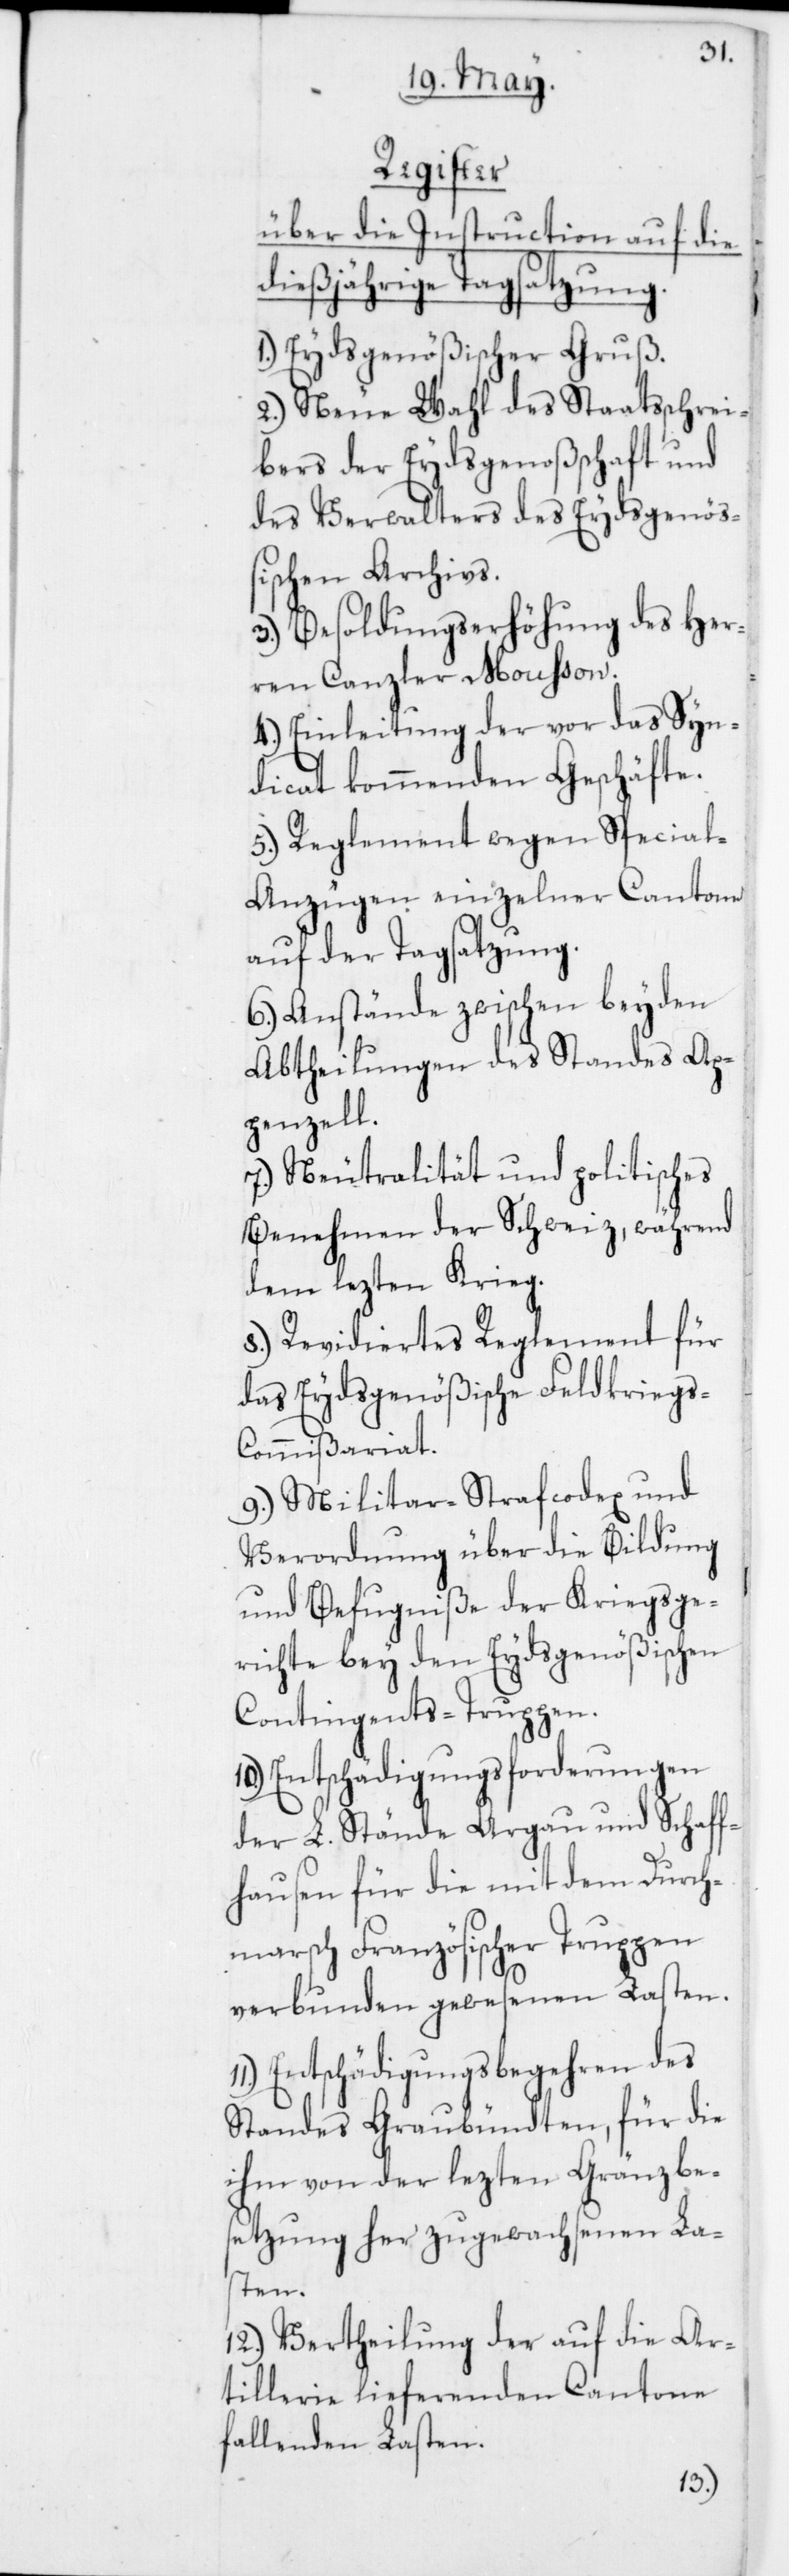
Register
über die Instruction auf die
dießjährige Tagsatzung.
1. Eydsgenößischer Gruß.
2. Neue Wahl des Staatsschrei¬
bers der Eydsgenoßenschaft und
des Verwalters des Eydsgenöß¬
ischen Archivs.
3. Besoldungserhöhung des Her¬
ren Canzler Mousson.
4. Einleitung der vor das Syn¬
dicat kommenden Geschäfte.
5. Reglement wegen Specia¬
l-Anzügen einzelner Cantone
auf der Tagsatzung.
6. Anstände zwischen beyden
Abtheilungen des Standes Ap¬
penzell.
7. Neutralität und politisches
Benehmen der Schweiz während
dem lezten Krieg.
8. Revidiertes Reglement für
das Eydsgenößische Feldkrieg¬
s-Commißariat.
9. Militar-Strafcodex und
Verordnung über die Bildung
und Befugniße der Kriegsge¬
richte bey den Eydsgenößischen
Contingents-Truppen.
10. Entschädigungsforderungen
der L. Stände Argau und Schaff¬
hausen für die mit dem Durch¬
marsch Französischer Truppen
verbunden gewesenen Lasten.
Entschädigungsbegehren des
Standes Graubündten, für die
ihm von der lezten Gränzbe¬
setzung her zugewachsenen La¬
sten.
12. Vertheilung der auf die Ar¬
tillerie lieferenden Cantone
fallenden Lasten.